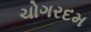
ચોગરદમ